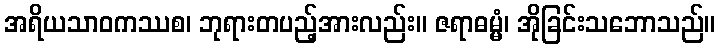
အရိယသာဝကဿစ၊ ဘုရားတပည့်အားလည်း။ ဇရာဓမ္မံ၊ အိုခြင်းသဘောသည်။